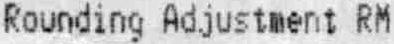
ROUNDING ADJUSTMENT RM